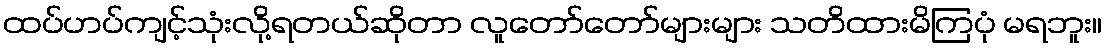
ထပ်ဟပ်ကျင့်သုံးလို့ရတယ်ဆိုတာ လူတော်တော်များများ သတိထားမိကြပုံ မရဘူး။